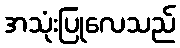
အသုံးပြုလေသည်